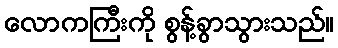
လောကကြီးကို စွန့်ခွာသွားသည်။